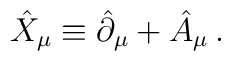
\hat{X}_{\mu}\equiv \hat{\partial}_{\mu}+\hat{A}_{\mu}\,.